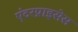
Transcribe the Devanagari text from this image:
एंटरप्राइसेस